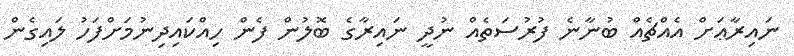
ނައިރާޢަށް އެއްޗެއް ބުނާނެ ފުރުސަތެއް ނުދީ ނައިރާގެ ބޮލުން ފެން ހިއްކައިދިނުމަށްފަހު ލައިގެން